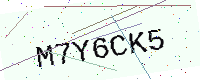
Text: M7Y6CK5